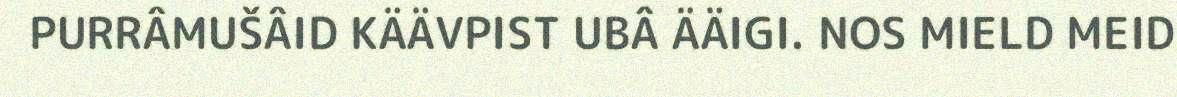
PURRÂMUŠÂID KÄÄVPIST UBÂ ÄÄIGI. NOS MIELD MEID